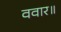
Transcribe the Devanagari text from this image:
ववार॥